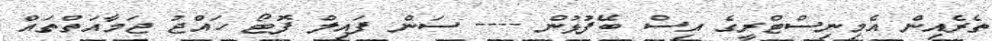
ތެރެއިން އެމިނިސްޓްރީގެ އިސް ބޭފުޅުން ---- ސަން ފައިލް ފޮޓޯ ހައްޖު ޖަމާއަތްތައް